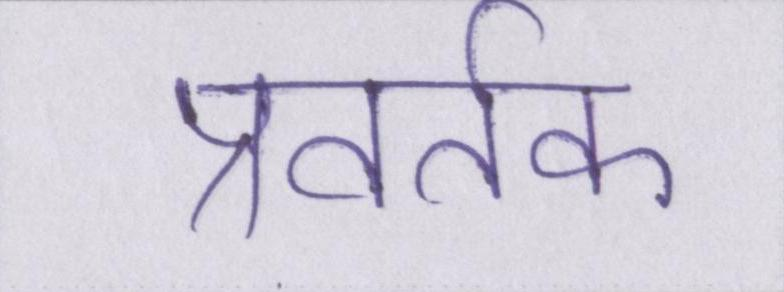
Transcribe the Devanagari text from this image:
प्रवर्तक